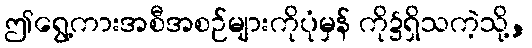
ဤရွေ့ကားအစီအစဉ်များကိုပုံမှန် ကို၌ရှိသကဲ့သို့,